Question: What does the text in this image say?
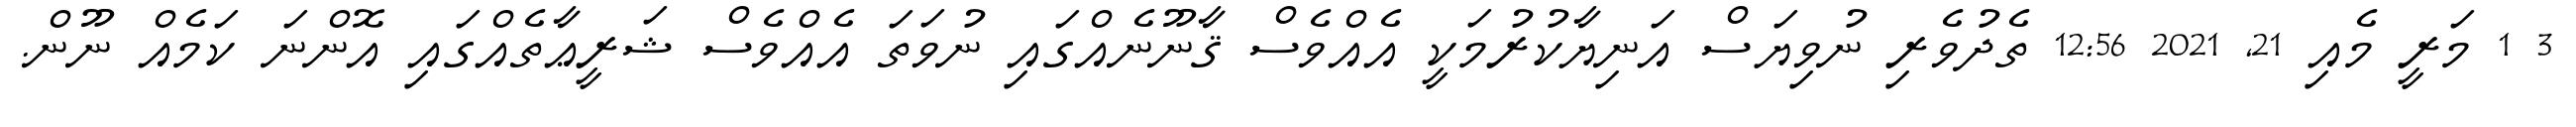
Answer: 3 1 މަރީ މެއި 21, 2021 12:56 ތެދުވެރި ނުވިޔަސް އަނިޔާކުރުމަކީ އެއްވެސް ޤާނޫނެއްގައި ނުވަތަ އެއްވެސް ޝަރީޢާތެއްގައި އޮންނަ ކަމެއް ނޫން.